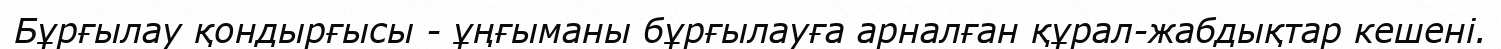
Бұрғылау қондырғысы - ұңғыманы бұрғылауға арналған құрал-жабдықтар кешені.